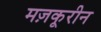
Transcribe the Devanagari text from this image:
मज़कूरीन